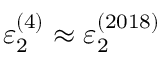
\varepsilon _ { 2 } ^ { ( 4 ) } \approx \varepsilon _ { 2 } ^ { ( 2 0 1 8 ) }